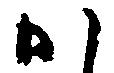
か